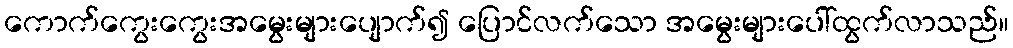
ကောက်ကွေးကွေးအမွေးများပျောက်၍ ပြောင်လက်သော အမွေးများပေါ်ထွက်လာသည်။